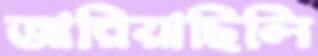
জারিয়াছিলি